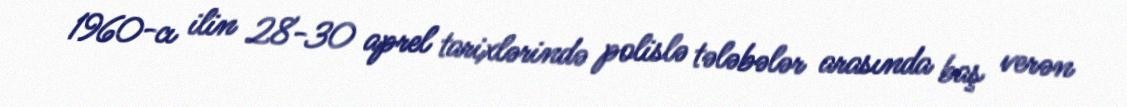
1960-cı ilin 28-30 aprel tarixlərində polislə tələbələr arasında baş verən